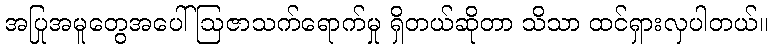
အပြုအမူတွေအပေါ် ဩဇာသက်ရောက်မှု ရှိတယ်ဆိုတာ သိသာ ထင်ရှားလှပါတယ်။